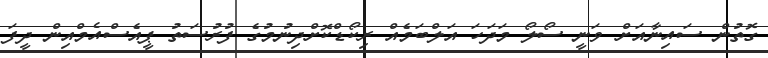
ގޮތުން ސައިނާއަށް ވަނީ ސޯލޯ މަދަހަ އަލްބަމެއް ރިކޯޑްކޮށްދިނުމުގެ ފުރުސަތު ޕީއެސްއެމްއިން ދީފަ